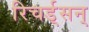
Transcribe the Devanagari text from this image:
रिचर्ड्‌सन्‌